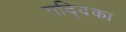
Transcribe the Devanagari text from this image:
गद्दिका